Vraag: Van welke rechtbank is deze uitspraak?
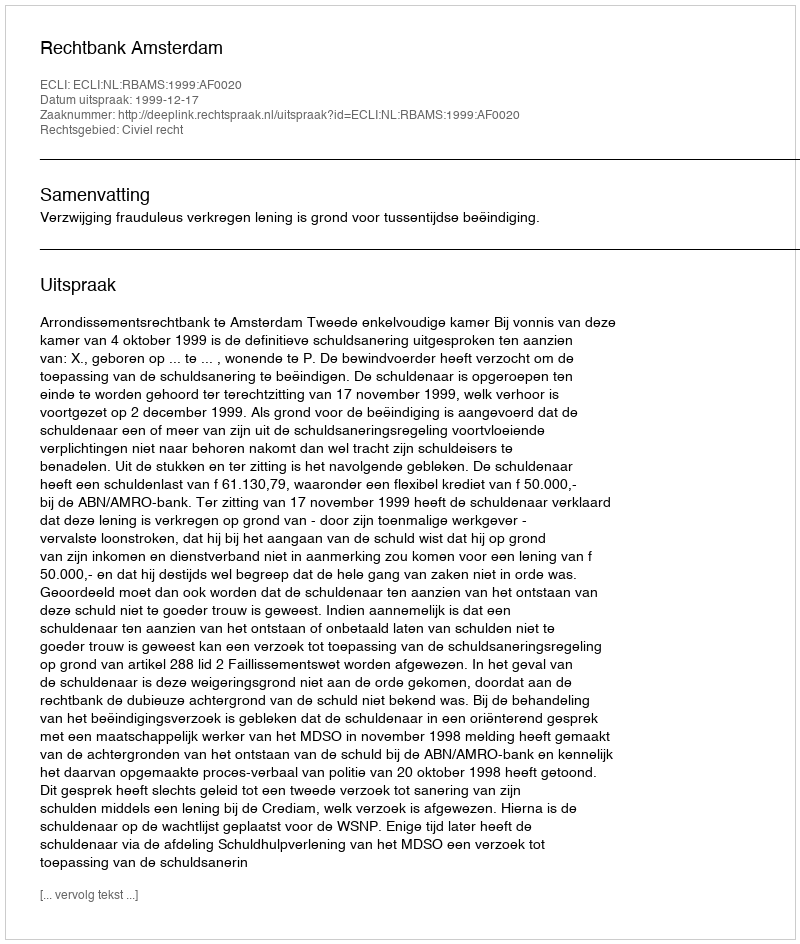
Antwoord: Rechtbank Amsterdam